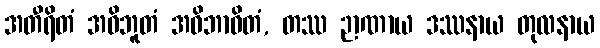
အတီရိတံ အဝိဘူတံ အဝိဘာဝိတံ, တဿ ဉာဏာယ ဒဿနာယ တုလနာယ